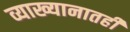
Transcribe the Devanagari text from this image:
व्याख्यानातही